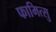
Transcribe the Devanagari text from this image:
फामित्सु